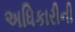
અધિકારીની